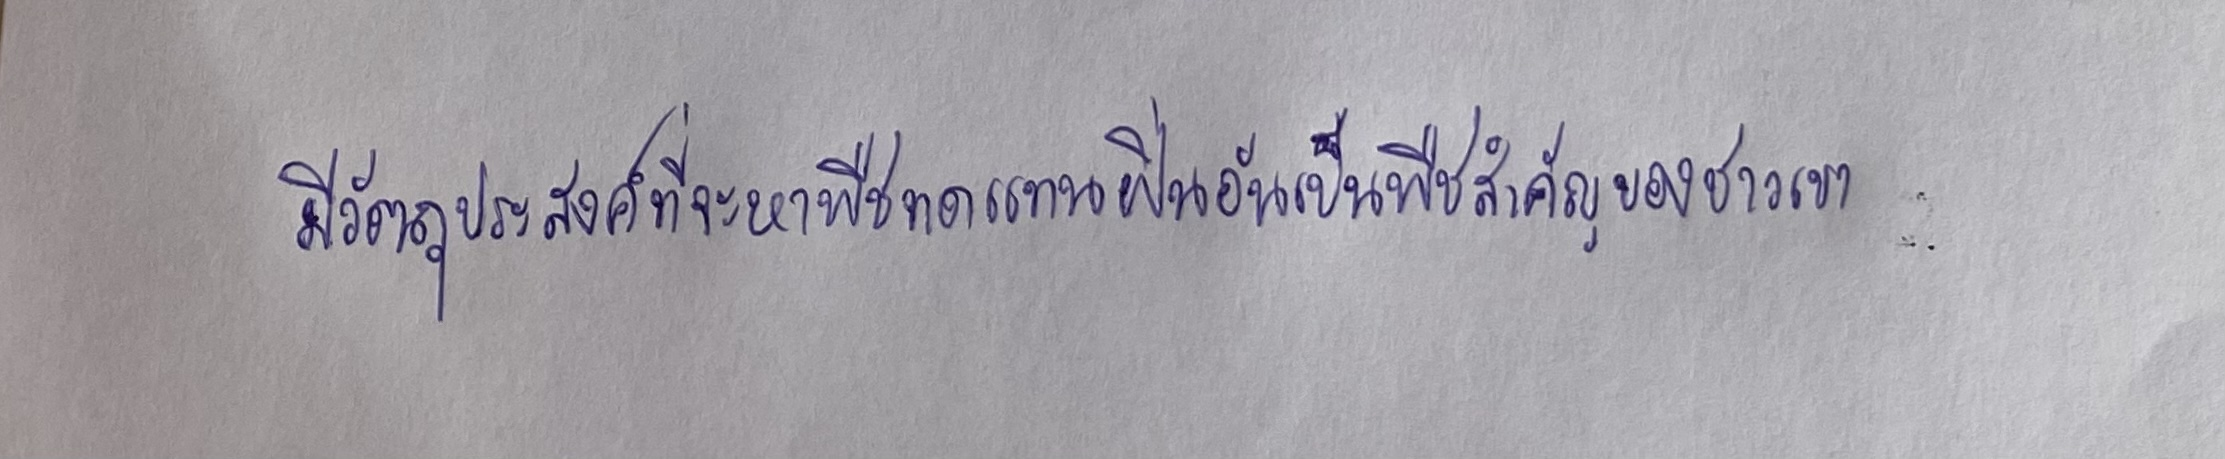
มีวัตถุประสงค์ที่จะหาพืชทดแทนฝิ่นอันเป็นพืชสำคัญของชาวเขา